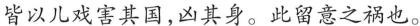
皆以儿戏害其国，凶其身。此留意之祸也。